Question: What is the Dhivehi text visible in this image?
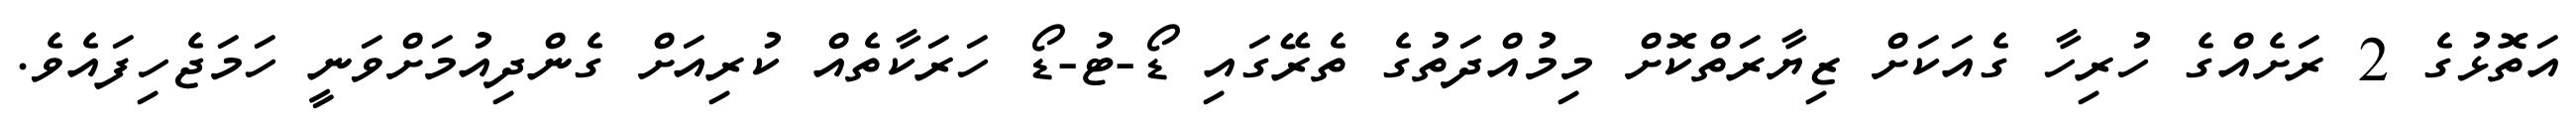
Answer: އަތޮޅުގެ 2 ރަށެއްގެ ހުރިހާ ގެއަކަށް ޒިޔާރަތްކޮށް މިމުއްދަތުގެ ތެރޭގައި ޑޯ-ޓު-ޑޯ ހަރަކާތެއް ކުރިއަށް ގެންދިއުމަށްވަނީ ހަމަޖެހިފައެވެ.